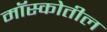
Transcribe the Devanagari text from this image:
मॉस्कोतील